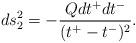
LaTeX: \begin{align*}ds^2_2 = - \frac{Qdt^+dt^-}{(t^+ - t^-)^2}.\end{align*}